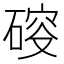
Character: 𥔉